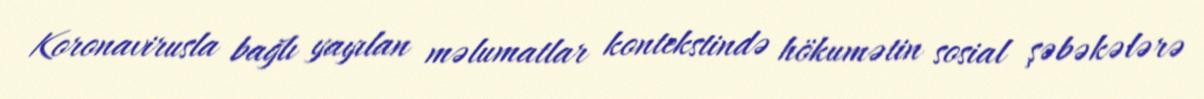
Koronavirusla bağlı yayılan məlumatlar kontekstində hökumətin sosial şəbəkələrə